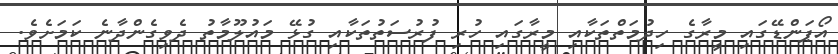
އޯޕަންޑޭގައި މީރާގެ ހިދުމަތްތަކާއި މީރާގައި ހުރި ފުރުސަތުތަކާއި ގުޅޭ މައުލޫމާތު ދެވިގެންދާނެ ކަމަށެވެ.